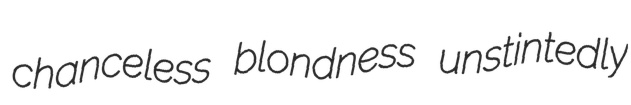
chanceless blondness unstintedly